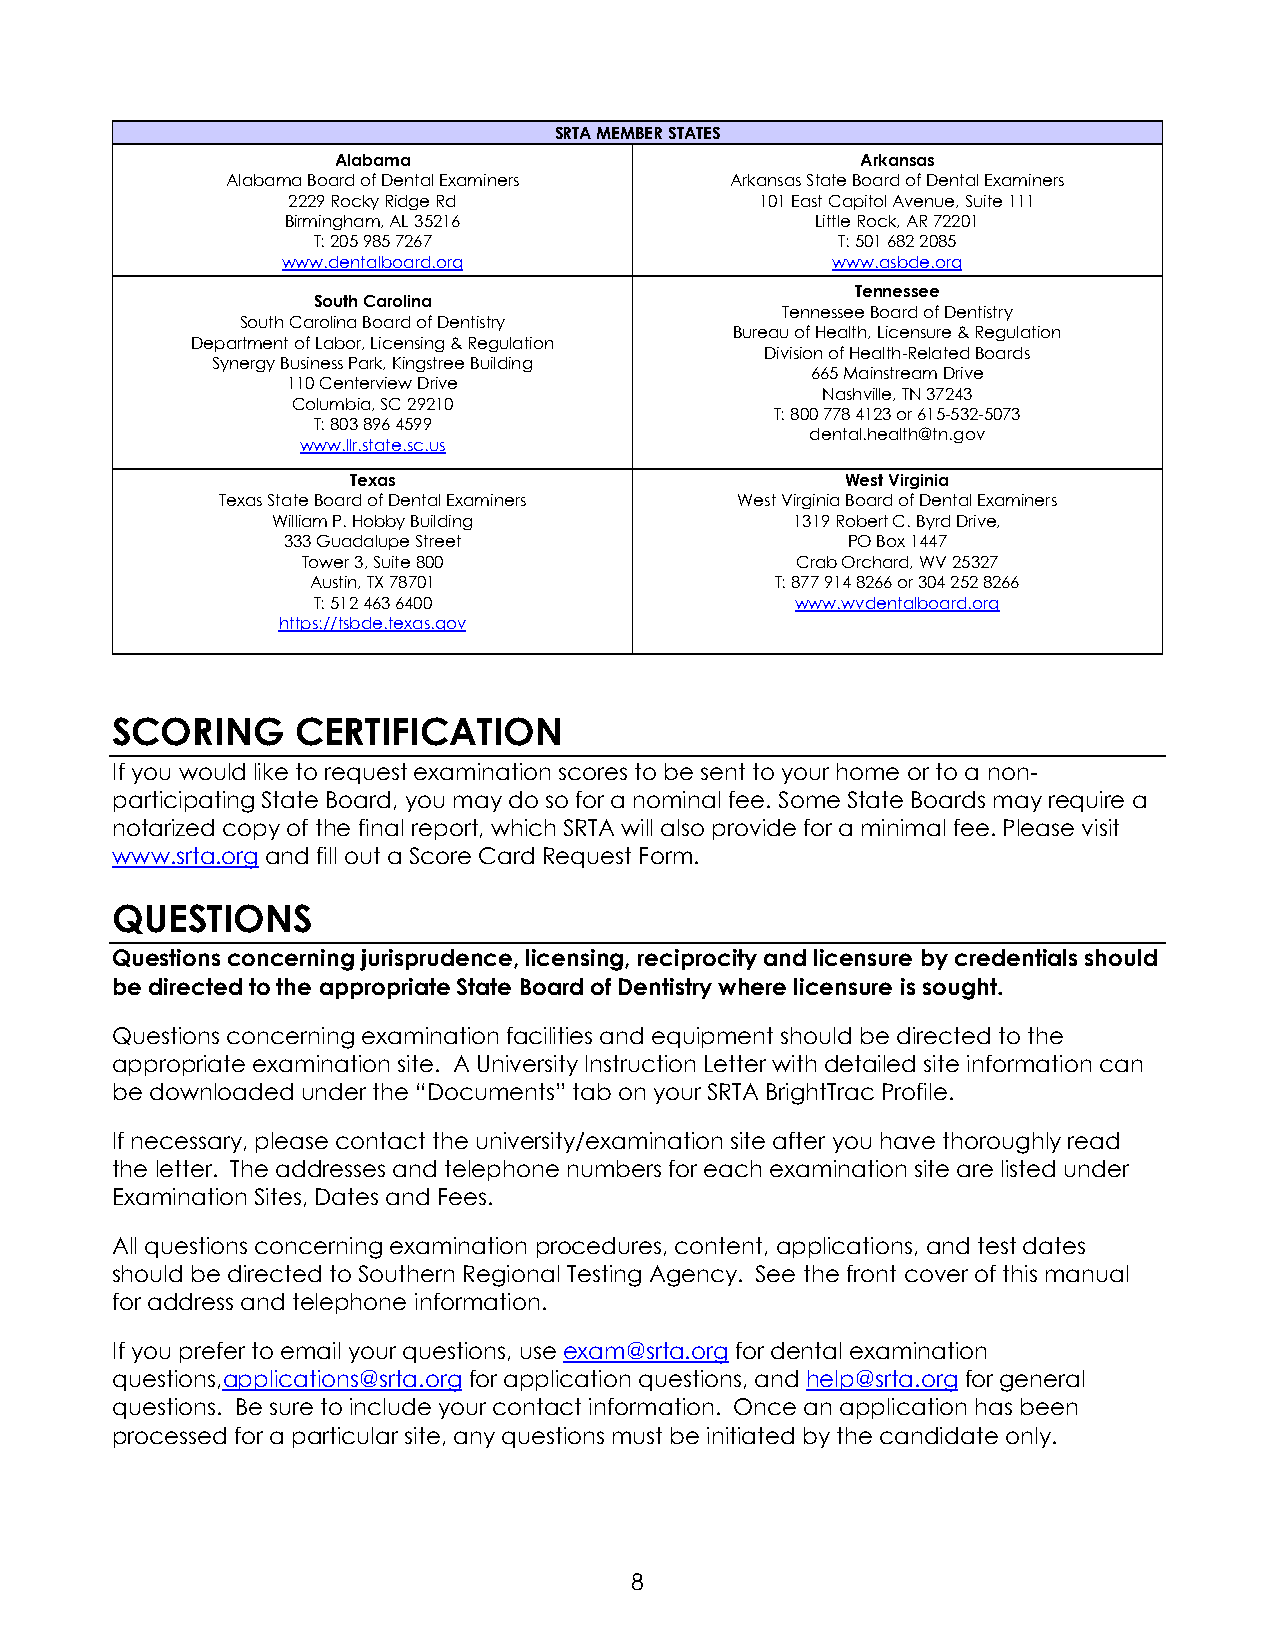
SRTA MEMBER STATES
 Alabama                            Arkansas
 Alabama Board of Dental Examiners Arkansas State Board of Dental Examiners
 2229 Rocky Ridge Rd            101 East Capitol Avenue, Suite 111
 Birmingham, AL 35216               Little Rock, AR 72201
 T: 205 985 7267                   T: 501 682 2085
 www.dentalboard.org                 www.asbde.org
 Tennessee
 South Carolina
 Tennessee Board of Dentistry
 South Carolina Board of Dentistry
 Bureau of Health, Licensure & Regulation
 Department of Labor, Licensing & Regulation
 Division of Health-Related Boards
 Synergy Business Park, Kingstree Building
 665 Mainstream Drive
 110 Centerview Drive
 Nashville, TN 37243
 Columbia, SC 29210
 T: 800 778 4123 or 615-532-5073
 T: 803 896 4599
 dental.health@tn.gov
 www.llr.state.sc.us
 Texas                            West Virginia
 Texas State Board of Dental Examiners West Virginia Board of Dental Examiners
 William P. Hobby Building          1319 Robert C. Byrd Drive,
 333 Guadalupe Street                 PO Box 1447
 Tower 3, Suite 800               Crab Orchard, WV 25327
 Austin, TX 78701              T: 877 914 8266 or 304 252 8266
 T: 512 463 6400                 www.wvdentalboard.org
 https://tsbde.texas.gov
 SCORING      CERTIFICATION
 If you would like to request examination scores to be sent to your home or to a non-
 participating State Board, you may do so for a nominal fee. Some State Boards may require a
 notarized copy of the final report, which SRTA will also provide for a minimal fee. Please visit
 www.srta.org and fill out a Score Card Request Form.
 QUESTIONS
 Questions concerning jurisprudence, licensing, reciprocity and licensure by credentials should
 be directed to the appropriate State Board of Dentistry where licensure is sought.
 Questions concerning examination facilities and equipment should be directed to the
 appropriate examination site. A University Instruction Letter with detailed site information can
 be downloaded under the “Documents” tab on your SRTA BrightTrac Profile.
 If necessary, please contact the university/examination site after you have thoroughly read
 the letter. The addresses and telephone numbers for each examination site are listed under
 Examination Sites, Dates and Fees.
 All questions concerning examination procedures, content, applications, and test dates
 should be directed to Southern Regional Testing Agency. See the front cover of this manual
 for address and telephone information.
 If you prefer to email your questions, use exam@srta.org for dental examination
 questions,applications@srta.org for application questions, and help@srta.org for general
 questions. Be sure to include your contact information. Once an application has been
 processed for a particular site, any questions must be initiated by the candidate only.
 8